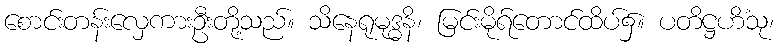
စောင်းတန်းလှေကားဦးတို့သည်။ သိနေရုမုဒ္ဓနိ၊ မြင်းမိုရ်တောင်ထိပ်၌။ ပတိဋ္ဌဟိံသု၊